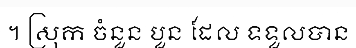
។ ស្រុក ចំនួន បួន ដែល ទទួលបាន